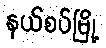
နယ်စပ်မြို့